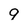
Character: 9